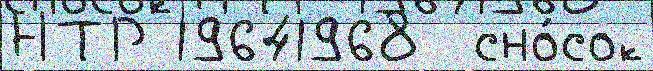
НТР 19641968  сно́сок